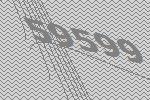
59599